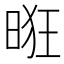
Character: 𰖌